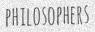
PHILOSOPHERS